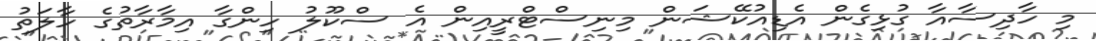
މި ހާދިސާއާ ގުޅިގެން އެޑިއުކޭޝަން މިނިސްޓްރީއިން އެ ސްކޫލު ހިންގާ އިމާރާތުގެ ހާލަތު